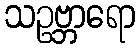
သဥဗ္ဘာရော